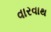
વારવાથ